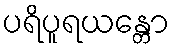
ပရိပူရယန္တော